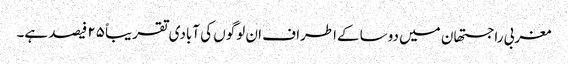
مغربی راجستھان میں دوسا کےاطراف ان لوگوں کی آبادی تقریباً ۲۵ فیصد ہے۔